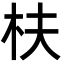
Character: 枎